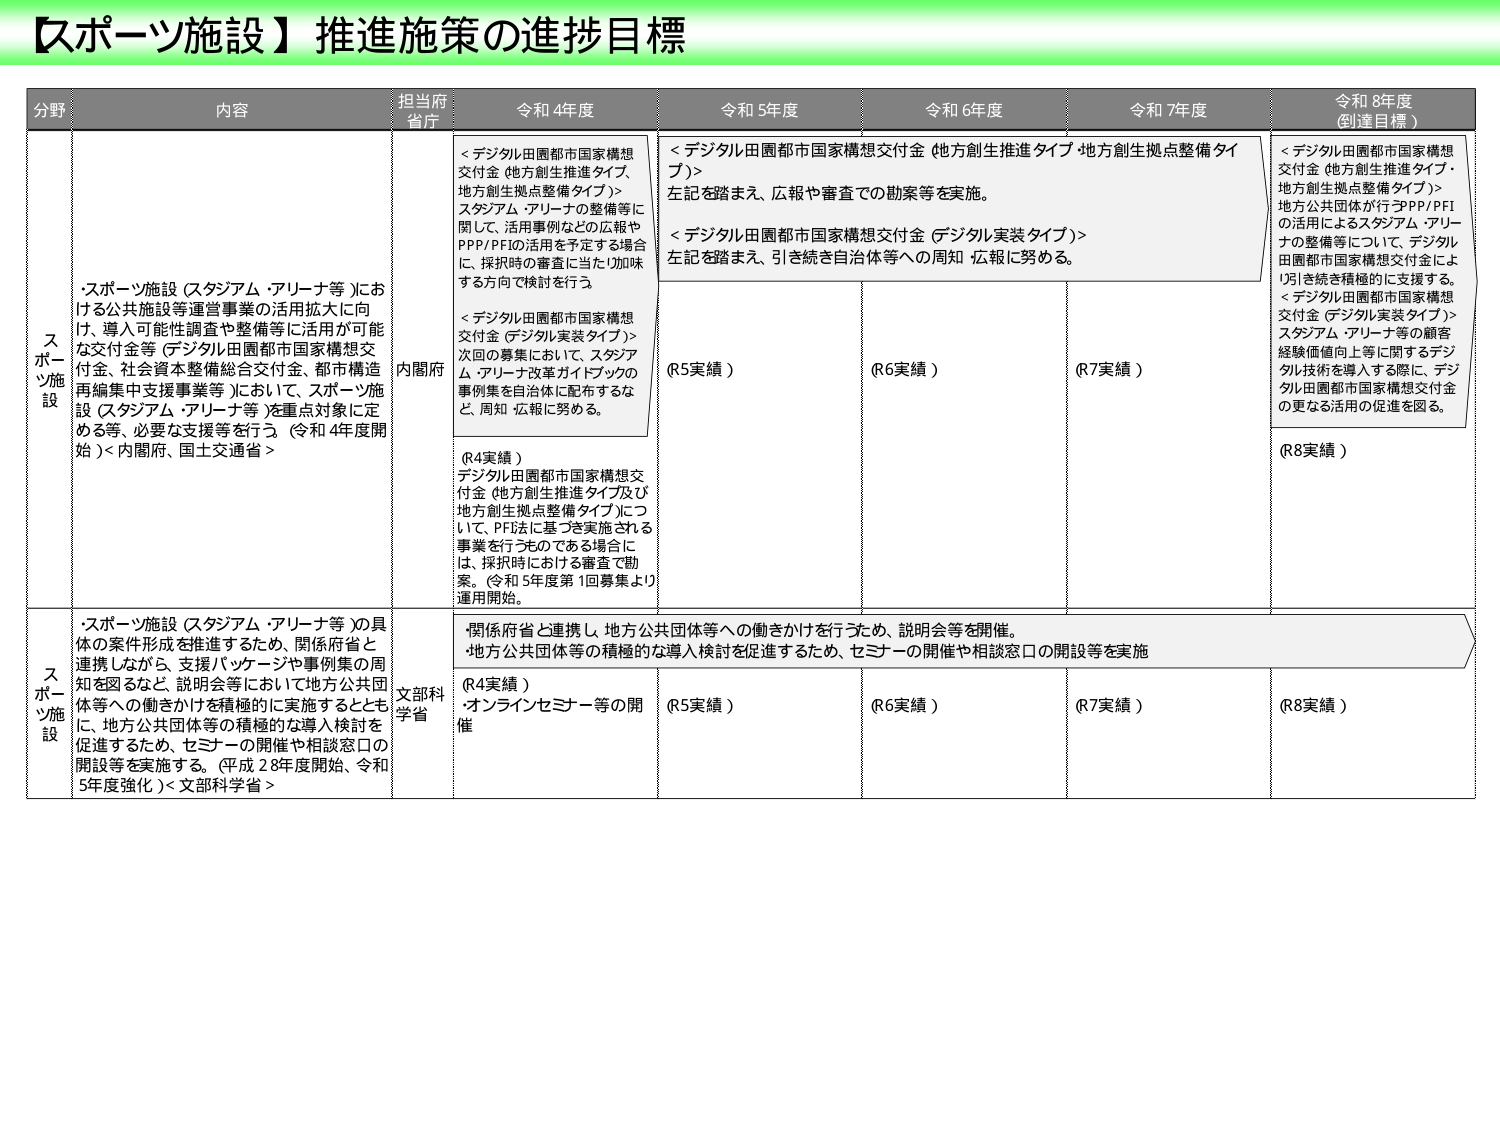
【スポーツ施設】推進施策の進捗目標

分野 内容 担当府省庁 令和4年度 令和5年度 令和6年度 令和7年度 令和8年度（到達目標）

スポーツ施設
・スポーツ施設（スタジアム・アリーナ等）における公共施設等運営事業の活用拡大に向け、導入可能性調査や整備等に活用が可能な交付金等（デジタル田園都市国家構想交付金、社会資本整備総合交付金、都市構造再編集中支援事業等）において、スポーツ施設（スタジアム・アリーナ等）を重点対象に定める等、必要な支援等を行う。（令和4年度開始）＜内閣府、国土交通省＞

内閣府
＜デジタル田園都市国家構想交付金（地方創生推進タイプ、地方創生拠点整備タイプ）＞スタジアム・アリーナの整備等に関して、活用事例などの広報やPPP/PFIの活用を予定する場合に、採択時の審査に当たり加味する方向で検討を行う。
＜デジタル田園都市国家構想交付金（デジタル実装タイプ）＞次回の募集において、スタジアム・アリーナ改革ガイドブックの事例集を自治体に配布するなど、周知・広報に努める。
（R4実績）
デジタル田園都市国家構想交付金（地方創生推進タイプ及び地方創生拠点整備タイプ）について、PFI法に基づき実施される事業を行う予定である場合に、採択時における審査で勧奨。（令和5年度第1回募集より運用開始。）

＜デジタル田園都市国家構想交付金（地方創生推進タイプ・地方創生拠点整備タイプ）＞左記を踏まえ、広報や審査での勧奨等を実施。
＜デジタル田園都市国家構想交付金（デジタル実装タイプ）＞左記を踏まえ、引き続き自治体等への周知・広報に努める。
（R5実績）
（R6実績）
（R7実績）

＜デジタル田園都市国家構想交付金（地方創生推進タイプ・地方創生拠点整備タイプ）＞地方公共団体が行うPPP/PFIの活用によるスタジアム・アリーナの整備等について、デジタル田園都市国家構想交付金により引き続き積極的に支援する。
＜デジタル田園都市国家構想交付金（デジタル実装タイプ）＞スタジアム・アリーナ等の顧客経験価値向上等に関するデジタル技術を導入する際に、デジタル田園都市国家構想交付金の更なる活用の促進を図る。
（R8実績）

スポーツ施設
・スポーツ施設（スタジアム・アリーナ等）の具体的な案件形成を推進するため、関係府省と連携しながら、支援パッケージや事例集の周知を図るなど、説明会等において地方公共団体等への働きかけを積極的に実施するとともに、地方公共団体等の積極的な導入検討を促進するため、セミナーの開催や相談窓口の開設等を実施する。（平成28年度開始、令和5年度強化）＜文部科学省＞

文部科学省
・関係府省と連携し、地方公共団体等への働きかけを行うため、説明会等を開催。
・地方公共団体等の積極的な導入検討を促進するため、セミナーの開催や相談窓口の開設等を実施
（R4実績）
・オンラインセミナー等の開催
（R5実績）
（R6実績）
（R7実績）
（R8実績）